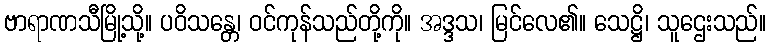
ဗာရာဏသီမြို့သို့။ ပဝိသန္တေ၊ ဝင်ကုန်သည်တို့ကို။ အဒ္ဒသ၊ မြင်လေ၏။ သေဋ္ဌိ၊ သူဌေးသည်။